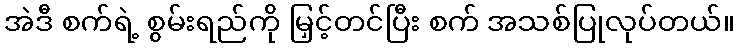
အဲဒီ စက်ရဲ့ စွမ်းရည်ကို မြှင့်တင်ပြီး စက် အသစ်ပြုလုပ်တယ်။